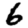
Digit: 6